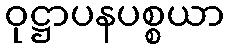
ဝုဋ္ဌာပနပစ္စယာ